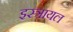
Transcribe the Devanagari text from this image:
इस्त्रायल